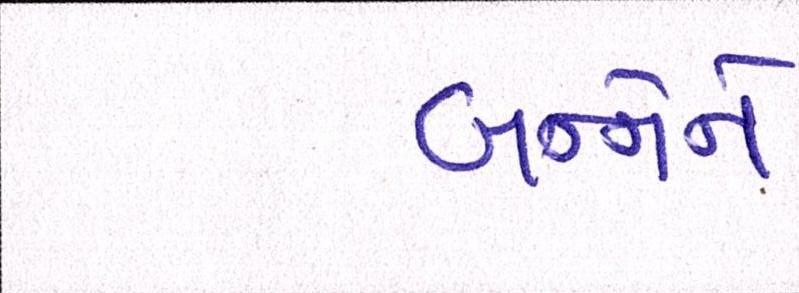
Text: બન્નેને